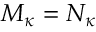
M _ { \kappa } = N _ { \kappa }